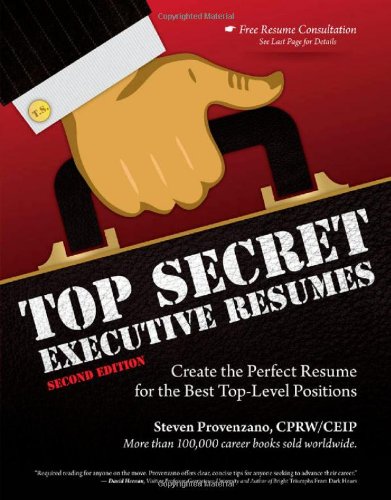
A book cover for Top Secret Executive Resumes: Create the Perfect Resume for the Best Top-Level Positions; Steve Provenzano; Business & Money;